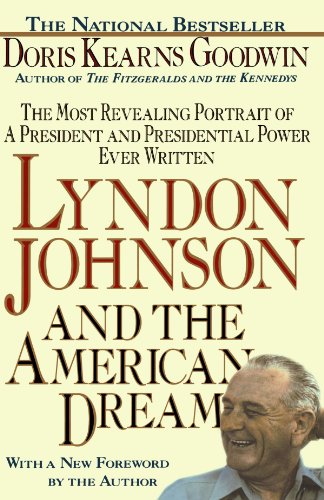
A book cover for Lyndon Johnson and the American Dream: The Most Revealing Portrait of a President and Presidential Power Ever Written; Doris Kearns Goodwin; Biographies & Memoirs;